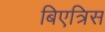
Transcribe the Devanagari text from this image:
बिएत्रिस